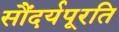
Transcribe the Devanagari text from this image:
सौंदर्यपूरति